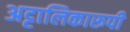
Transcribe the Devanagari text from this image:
अट्टालिकारूपी